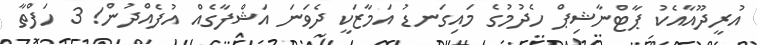
އުރީދޫއާއެކު ޕާޓްނާޝިޕް ހެދުމުގެ މައިގަނޑު އަމާޒަކީ ދެވަނަ އަޝްފާގެއް އުފެއްދުން! 3 ހަފްތާ